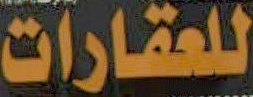
للعقارات